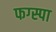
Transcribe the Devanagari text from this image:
फग्स्पा